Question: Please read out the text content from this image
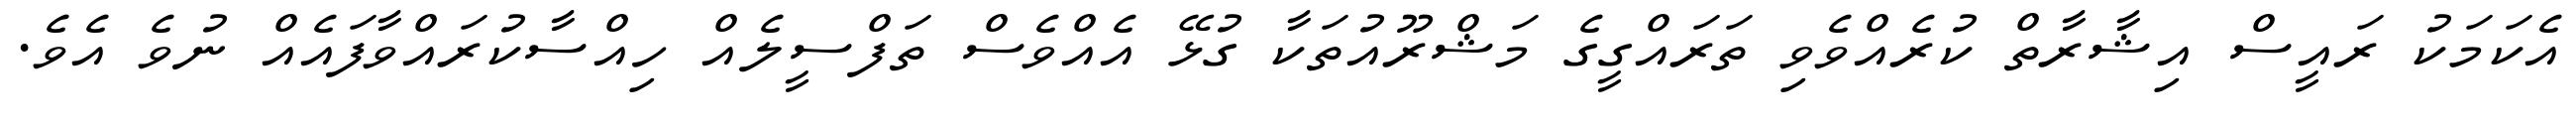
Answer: އެކަމަކު ރައީސް އިޝާރާތް ކުރެއްވެވި ތަރައްގީގެ މަޝްރޫއުތަކާ ގުޅޭ އެއްވެސް ތަފްސީލެއް ހިއްސާކުރައްވާފައެއް ނުވެ އެވެ.